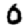
Digit: 0